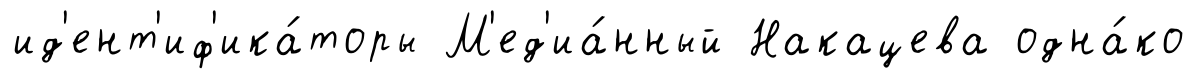
ид'ент'иф'ика́торы М'ед'иа́нный Накацева одна́ко